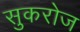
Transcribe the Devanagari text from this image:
सुकरोज